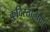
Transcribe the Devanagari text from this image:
कुर्दिस्तानाचा